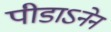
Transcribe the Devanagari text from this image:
पीडाऽनेन